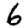
Digit: 6